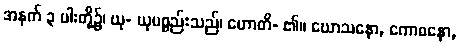
အနက် ၃ ပါးတို့၌၊ ယု- ယုပစ္စည်းသည်၊ ဟောတိ- ၏။ ဃောသနော, ကောဓနော,